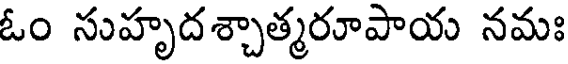
ఓం సుహృదశ్చాత్మరూపాయ నమః